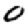
Digit: 0